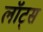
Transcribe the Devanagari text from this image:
लॉट्स